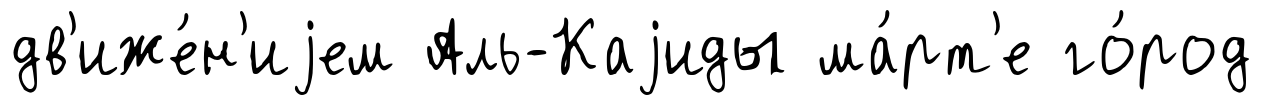
дв'иже́н'иjем Аль-Каjиды ма́рт'е го́род